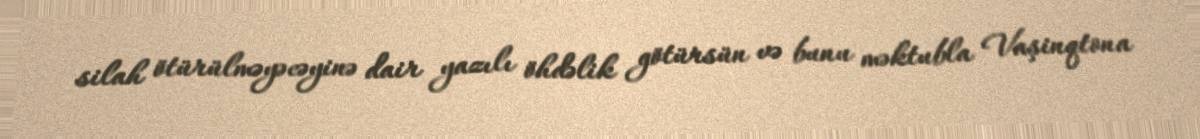
silah ötürülməyəcəyinə dair yazılı öhdəlik götürsün və bunu məktubla Vaşinqtona